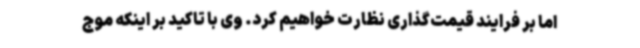
اما بر فرایند قیمت‌گذاری نظارت خواهیم کرد. وی با تاکید بر اینکه موج